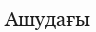
Ашудағы